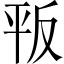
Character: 𢆕